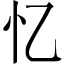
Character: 忆